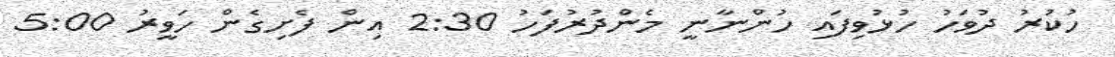
ހުކުރު ދުވަހު ހުޅުވިފައި ހުންނާނީ މެންދުރުފަހު 2:30 އިން ފެށިގެން ހަވީރު 5:00